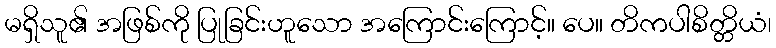
မရှိသူ၏ အဖြစ်ကို ပြုခြင်းဟူသော အကြောင်းကြောင့်။ ပေ။ တိကပါစိတ္တိယံ၊